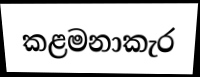
කළමනාකැර